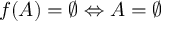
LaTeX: f ( A ) = \varnothing \Leftrightarrow A = \varnothing